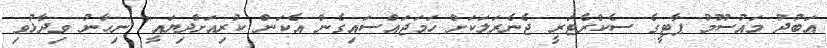
އަބުދު މައުސޫމު ޕާޓީގެ ސެކްރެޓަރީ ޖެނެރަލަކަށް ހަމަޖައްސައިގެން އެކަން ކުރިއަށްދިޔައީ" ނިހާނު ވިދާޅުވި